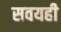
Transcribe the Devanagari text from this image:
सवयही